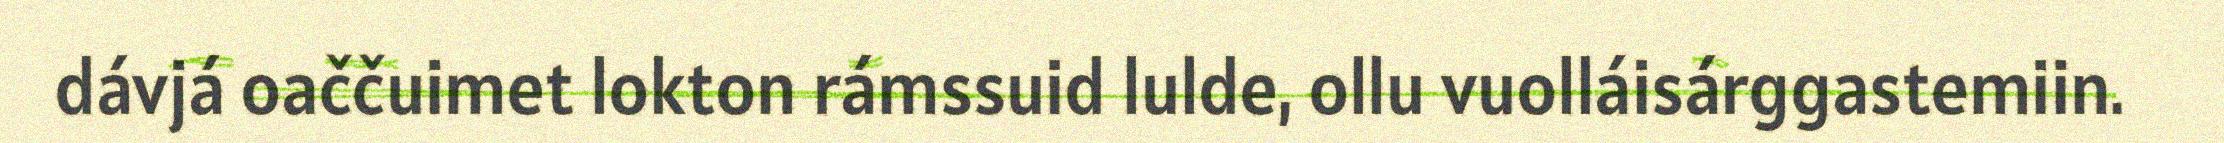
dávjá oaččuimet lokton rámssuid lulde, ollu vuolláisárggastemiin.